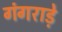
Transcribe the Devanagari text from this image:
गंगराड़े